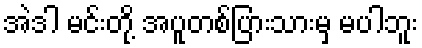
အဲဒါ မင်းတို့ အပူတစ်ပြားသားမှ မပါဘူး